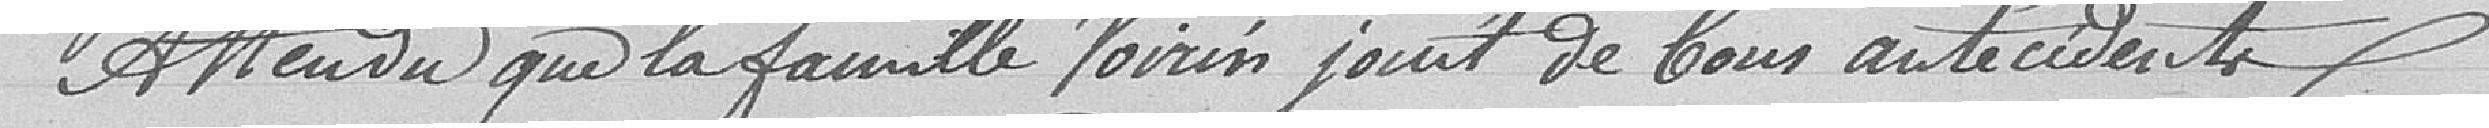
Attendu que la famille Voirin jouit de bons antécédents